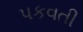
પકવતી